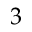
3